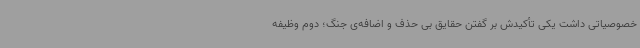
خصوصیاتی داشت یکی تأکیدش بر گفتن حقایق بی حذف و اضافه‌ی جنگ؛ دوم وظیفه